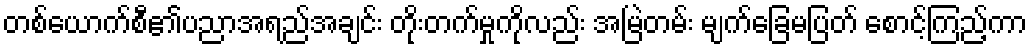
တစ်ယောက်စီ၏ပညာအရည်အချင်း တိုးတက်မှုကိုလည်း အမြဲတမ်း မျက်ခြေမပြတ် စောင့်ကြည့်ကာ